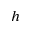
h